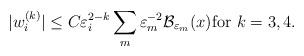
LaTeX: \begin{align*}|w_i^{(k)}|\le C\varepsilon_i^{2-k}\sum_m\varepsilon_m^{-2}{\cal B}_{\varepsilon_m} (x){\rm for}\,\,k=3,4.\end{align*}